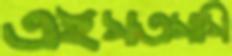
এইসএসসি